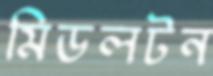
মিডলটন